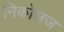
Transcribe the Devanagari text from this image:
निकोलज